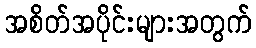
အစိတ်အပိုင်းများအတွက်